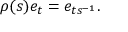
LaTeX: \rho ( s ) e _ { t } = e _ { t s ^ { - 1 } } .